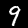
Label: 9